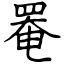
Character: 罨